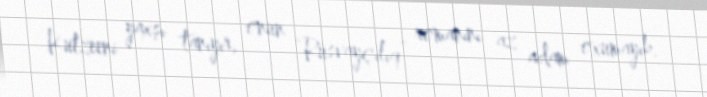
Kutzeeni yaxşı tanıyır, onun “Rüsvayçılıq” romanını az adam oxumayıb.